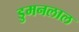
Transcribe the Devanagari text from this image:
डुमनलाल